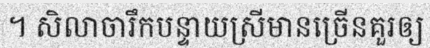
។ សិលាចារឹកបន្ទាយស្រីមានច្រើនគួរឲ្យ